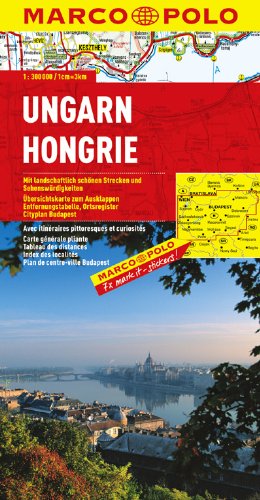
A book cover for Magyarorszag Hungary Marco Polo Map (Marco Polo Maps); Marco Polo Travel; Travel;